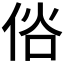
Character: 𠉇